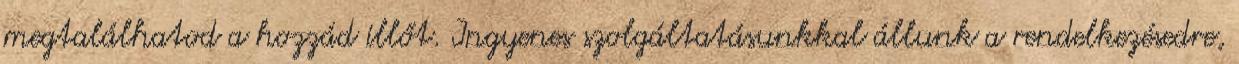
megtalálhatod a hozzád illőt. Ingyenes szolgáltatásunkkal állunk a rendelkezésedre,